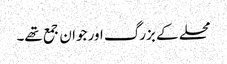
محلے کے بزرگ اور جوان جمع تھے۔